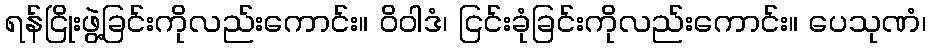
ရန်ငြိုးဖွဲ့ခြင်းကိုလည်းကောင်း။ ဝိဝါဒံ၊ ငြင်းခုံခြင်းကိုလည်းကောင်း။ ပေသုဏံ၊